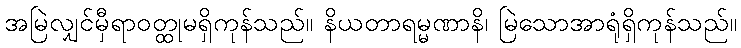
အမြဲလျှင်မှီရာဝတ္ထုမရှိကုန်သည်။ နိယတာရမ္မဏာနိ၊ မြဲသောအာရုံရှိကုန်သည်။